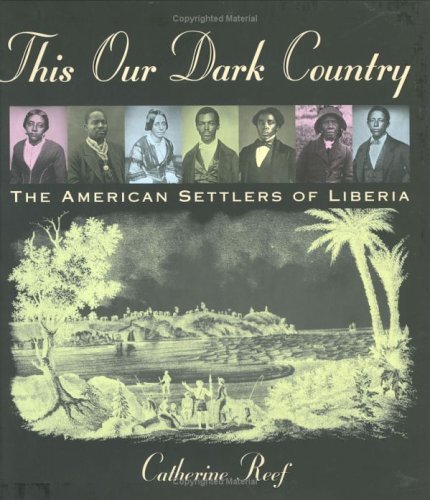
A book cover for This Our Dark Country: The American Settlers of Liberia; Catherine Reef; Children's Books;